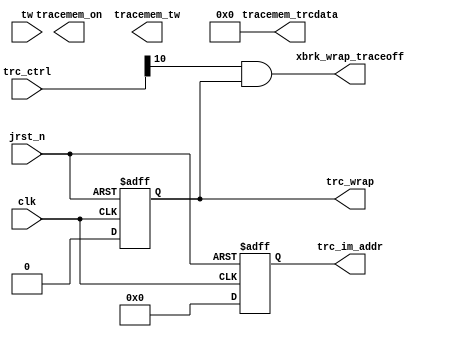
module nios_tester_nios2_gen2_0_cpu_nios2_oci_im (
                                                    clk,
                                                    jrst_n,
                                                    trc_ctrl,
                                                    tw,
                                                    tracemem_on,
                                                    tracemem_trcdata,
                                                    tracemem_tw,
                                                    trc_im_addr,
                                                    trc_wrap,
                                                    xbrk_wrap_traceoff
                                                 )
;
  output           tracemem_on;
  output  [ 35: 0] tracemem_trcdata;
  output           tracemem_tw;
  output  [  6: 0] trc_im_addr;
  output           trc_wrap;
  output           xbrk_wrap_traceoff;
  input            clk;
  input            jrst_n;
  input   [ 15: 0] trc_ctrl;
  input   [ 35: 0] tw;
wire             tracemem_on;
wire    [ 35: 0] tracemem_trcdata;
wire             tracemem_tw;
reg     [  6: 0] trc_im_addr ;
wire    [ 35: 0] trc_im_data;
wire             trc_on_chip;
reg              trc_wrap ;
wire             tw_valid;
wire             xbrk_wrap_traceoff;
  assign trc_im_data = tw;
  always @(posedge clk or negedge jrst_n)
    begin
      if (jrst_n == 0)
        begin
          trc_im_addr <= 0;
          trc_wrap <= 0;
        end
      else 
        begin
          trc_im_addr <= 0;
          trc_wrap <= 0;
        end
    end
  assign trc_on_chip = ~trc_ctrl[8];
  assign tw_valid = |trc_im_data[35 : 32];
  assign xbrk_wrap_traceoff = trc_ctrl[10] & trc_wrap;
  assign tracemem_trcdata = 0;
endmodule